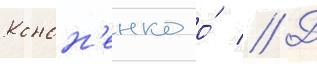
Конон'енко о́ // Д